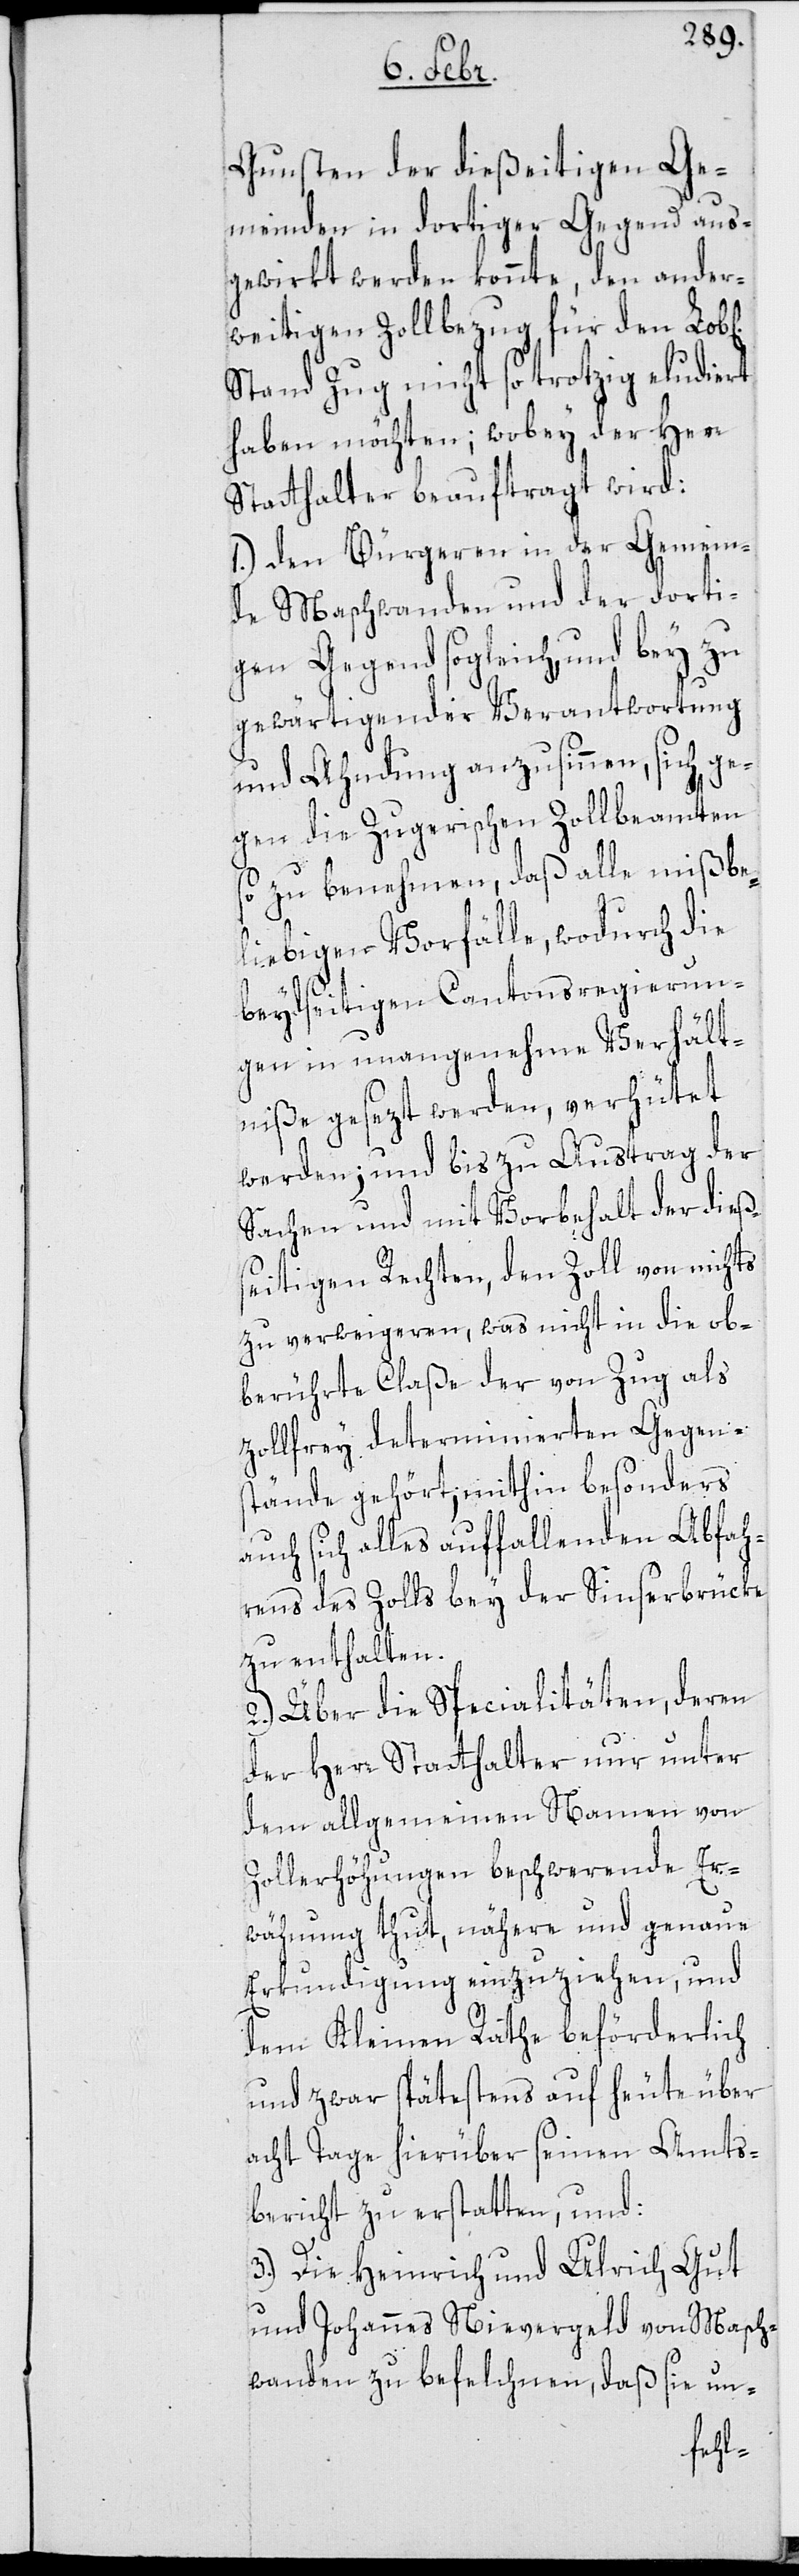
Gunsten der dießeitigen Ge¬
meinden in dortiger Gegend aus¬
gewirkt werden könnte, den ander¬
weitigen Zollbezug für den Lob[l¬
Stand Zug nicht so trotzig eludiert
haben möchten; wobey der Herr
Statthalter beauftragt wird:
1.) den Bürgeren in der Gemein¬
de Maschwanden und der dorti¬
gen Gegend sogleich und bey zu
gewärtigender Verantwortung
und Ahndung anzusinnen, sich ge¬
gen die Zugerischen Zollbeamten
so zu benehmen, daß alle mißbe¬
liebigen Vorfälle, wodurch die
beydseitigen Cantonsregierun¬
gen in unangenehme Verhält¬
niße gesezt werden, verhütet
werden; und bis zu Austrag der
Sachen und mit Vorbehalt der dieß¬
seitigen Rechten, den Zoll von nichts
zu verweigeren, was nicht in die ob¬
berührte Claße der von Zug als
zollfrey determinierten Gegens¬
tände gehört; mithin besonders
auch sich alles auffallenden Abfah¬
rens des Zolls bey der Sinserbrücke
zu enthalten.
2.) Über die Specialitäten, deren
der Herr Statthalter nur unter
dem allgemeinen Namen von
Zollerhöhungen beschwerende Er¬
wähnung thut, nähere und genaue
Erkundigung einzuziehen, und
dem Kleinen Rathe beförderlich,
und zwar spätestens auf heute über
acht Tage hierüber seinen Amts¬
bericht zu erstatten, und:
3.) Die Heinrich und Ulrich Gut
und Johannes Nievergeld von Masch¬
wanden zu befelchnen, daß sie un-
ichen]